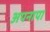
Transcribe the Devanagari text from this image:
अपनापा